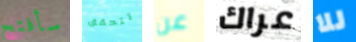
سأفتح تتحقق عن عراك للا